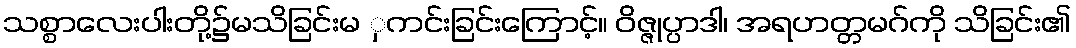
သစ္စာလေးပါးတို့၌မသိခြင်းမ ှကင်းခြင်းကြောင့်။ ဝိဇ္ဇုပ္ပာဒါ၊ အရဟတ္တမဂ်ကို သိခြင်း၏